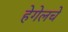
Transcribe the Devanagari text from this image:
हेगेलचे